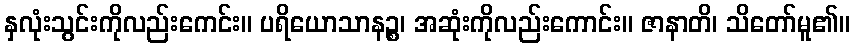
နှလုံးသွင်းကိုလည်းကေင်း။ ပရိယောသာနဉ္စ၊ အဆုံးကိုလည်းကောင်း။ ဇာနာတိ၊ သိတော်မူ၏။